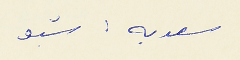
سعديه : شبو